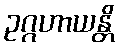
ဥဂ္ဂဟာယန္တိ